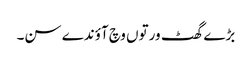
بڑے گھٹ ورتوں وچ آؤندے سن۔